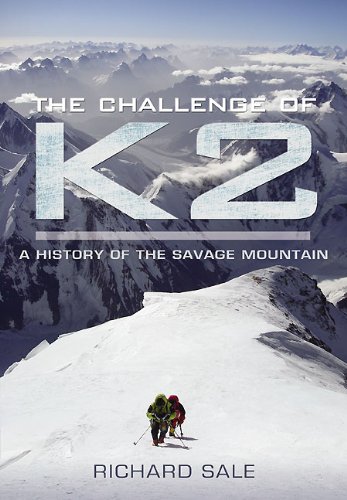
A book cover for The Challenge of K2: A History of the Savage Mountain; Richard Sale; History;